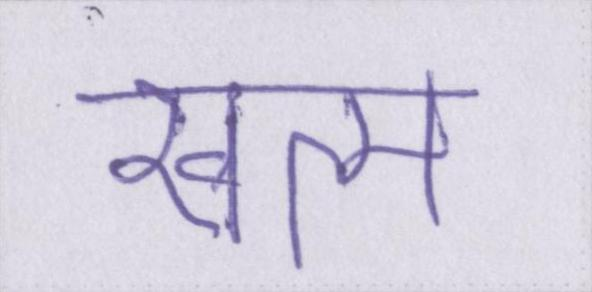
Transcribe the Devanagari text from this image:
खत्म